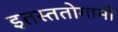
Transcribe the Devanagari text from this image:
इतस्ततोगामी